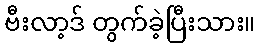
ဗီးလာ့ဒ် တွက်ခဲ့ပြီးသား။